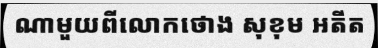
ណាមួយពីលោកថោង សុខុម អតីត